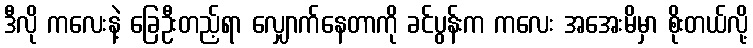
ဒီလို ကလေးနဲ့ ခြေဦးတည့်ရာ လျှောက်နေတာကို ခင်ပွန်းက ကလေး အအေးမိမှာ စိုးတယ်လို့